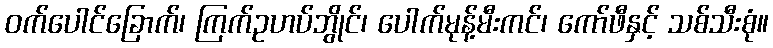
ဝက်ပေါင်ခြောက်၊ ကြက်ဥဟပ်ဘွိုင်၊ ပေါက်မုန့်မီးကင်၊ ကော်ဖီနှင့် သစ်သီးစုံ။